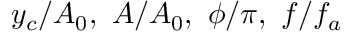
y _ { c } / A _ { 0 } , ~ A / A _ { 0 } , ~ \phi / \pi , ~ f / f _ { a }